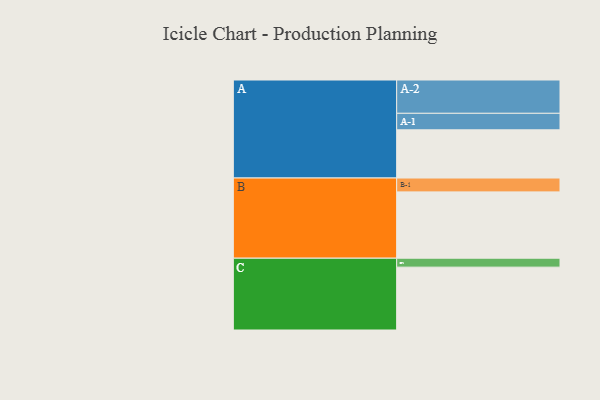
{"axis": {"x": "Segment", "y": "Value"}, "legend": ["", "A", "B", "C"], "data": [{"x": "A", "y": 362, "type": ""}, {"x": "B", "y": 498, "type": ""}, {"x": "C", "y": 472, "type": ""}, {"x": "A-1", "y": 124, "type": "A"}, {"x": "A-2", "y": 250, "type": "A"}, {"x": "B-1", "y": 104, "type": "B"}, {"x": "C-1", "y": 67, "type": "C"}]}